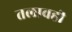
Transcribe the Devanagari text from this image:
तलावही